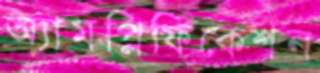
অ্যামপ্লিফিকেশন